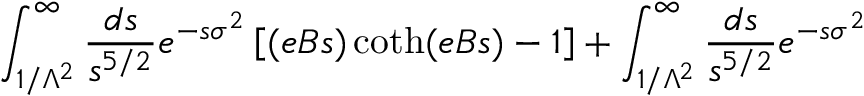
\int _ { 1 / \Lambda ^ { 2 } } ^ { \infty } { \frac { d s } { s ^ { 5 / 2 } } } e ^ { - s \sigma ^ { 2 } } \left[ ( e B s ) \coth ( e B s ) - 1 \right] + \int _ { 1 / \Lambda ^ { 2 } } ^ { \infty } { \frac { d s } { s ^ { 5 / 2 } } } e ^ { - s \sigma ^ { 2 } }